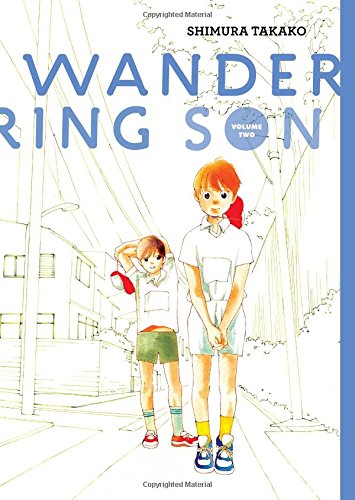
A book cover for Wandering Son: Book Two; Shimura Takako; Comics & Graphic Novels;